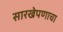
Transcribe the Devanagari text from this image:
सारखेपणाचा